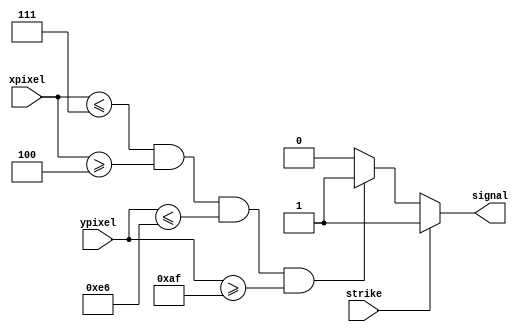
module signalSender (input [9:0]xpixel, input [8:0]ypixel, input strike, output reg signal);

	
	always@(*)
		begin
			if(strike == 1'b1)
				begin 
					signal <= 1'b1;
				end
			else if((xpixel <= 3'b111) && (xpixel >= 3'b100) && (ypixel <= 8'b11100110) && (ypixel >= 8'b10101111))
				begin
					signal <= 1'b1;
				end
			else 
					signal <= 0;
				
				
			end
		
endmodule